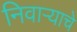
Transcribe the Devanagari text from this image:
निवाऱ्याचे